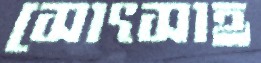
সোৎসাহ